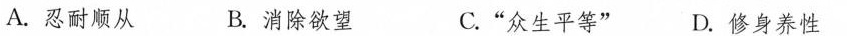
A.忍耐顺从 B.消除欲望 C.”众生平等” D.修身养性